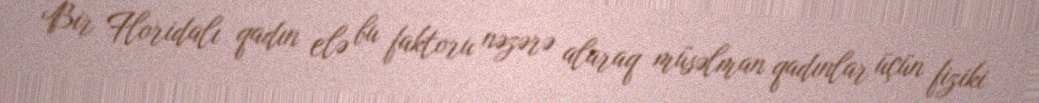
Bir Floridalı qadın elə bu faktoru nəzərə alaraq müsəlman qadınlar üçün fiziki